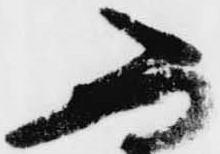
不